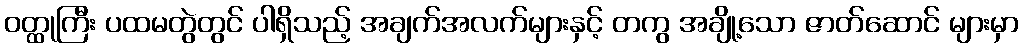
ဝတ္ထုကြီး ပထမတွဲတွင် ပါရှိသည့် အချက်အလက်များနှင့် တကွ အချို့သော ဇာတ်ဆောင် များမှာ